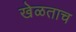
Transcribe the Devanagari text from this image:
खेळताच